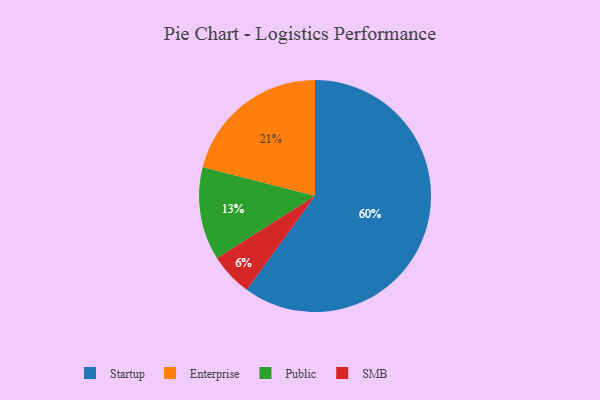
{"axis": {"x": "Category", "y": "Percentage"}, "legend": ["Enterprise", "Public", "SMB", "Startup"], "data": [{"x": "Startup", "y": 60, "type": "Startup"}, {"x": "Enterprise", "y": 21, "type": "Enterprise"}, {"x": "Public", "y": 13, "type": "Public"}, {"x": "SMB", "y": 6, "type": "SMB"}]}